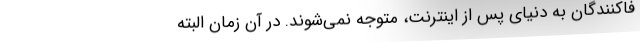
فا‌کنندگان به دنیای پس از اینترنت، متوجه نمی‌شوند. در آن زمان البته